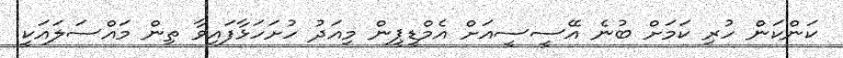
ކަންކަން ހުރި ކަމަށް ބުނެ އޭސީސީއަށް އެމްޑީޕީން މިއަދު ހުށަހަޅާފައިވާ ތިން މައްސަލައަކީ